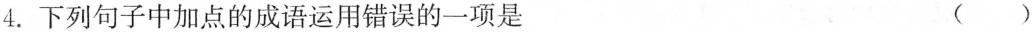
4.下列句子中加点的成语运用错误的一项是 ( )